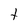
Character: t